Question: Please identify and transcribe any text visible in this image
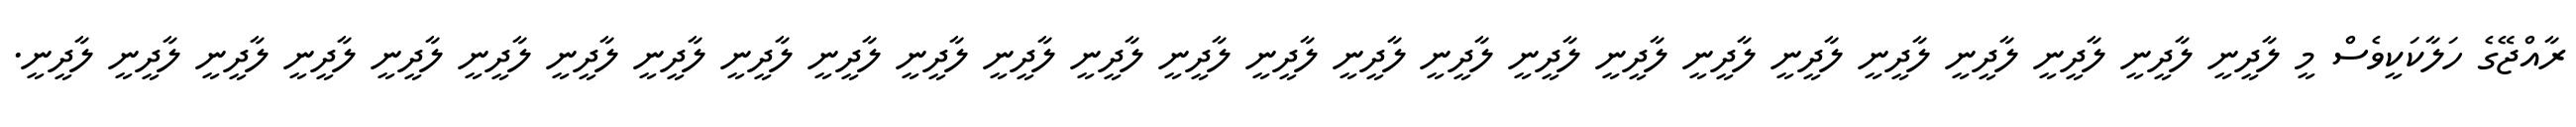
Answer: ރާއްޖޭގެ ހަލާކަކީވެސް މީ ލާދީނީ ލާދީނީ ލާދީނީ ލާދީނީ ލާދީނީ ލާދީނީ ލާދީނީ ލާދީނީ ލާދީނީ ލާދީނީ ލާދީނީ ލާދީނީ ލާދީނީ ލާދީނީ ލާދީނީ ލާދީނީ ލާދީނީ ލާދީނީ ލާދީނީ ލާދީނީ ލާދީނީ ލާދީނީ ލާދީނީ ލާދީނީ ލާދީނީ ލާދީނީ.